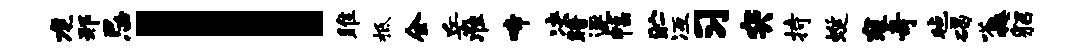
龙邢忌l雎柢全岳准啼决暗逐幅贮冱习突持蜒寇奇毡碣嗒掩貂